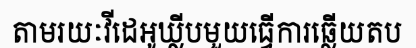
តាមរយៈវីដេអូឃ្លីបមួយធ្វើការឆ្លើយតប